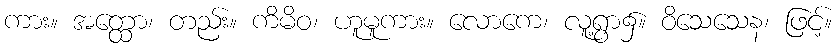
ကား။ အတ္ထော၊ တည်း။ ကိမိဝ၊ ဟူမူကား။ လောကေ၊ လူ့ရွာ၌။ ဝိသေသေန၊ ဖြင့်။